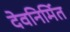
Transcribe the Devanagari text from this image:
देवनिर्मित